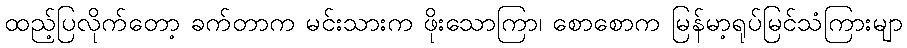
ထည့်ပြလိုက်တော့ ခက်တာက မင်းသားက ဖိုးသောကြာ၊ စောစောက မြန်မာ့ရုပ်မြင်သံကြားမျာ